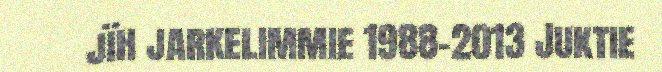
jïh jarkelimmie 1988-2013 Juktie